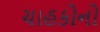
ચાહકોનો